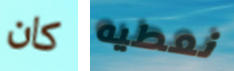
كان نعطيه